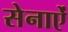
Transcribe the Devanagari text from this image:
सेनाऐं